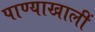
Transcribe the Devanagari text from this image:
पाण्याखालीं